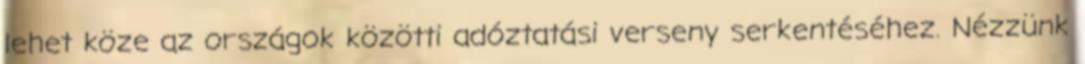
lehet köze az országok közötti adóztatási verseny serkentéséhez. Nézzünk